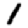
Digit: 1